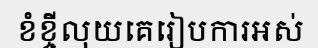
ខំខ្ចីលុយគេរៀបការអស់